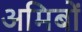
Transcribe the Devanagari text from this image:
अमिबों